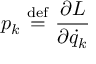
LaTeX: p _ { k } \ { \stackrel { \mathrm { d e f } } { = } } \ { \frac { \partial L } { \partial { \dot { q } } _ { k } } }